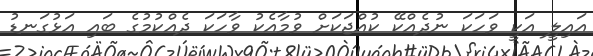
އައިލީ އަކީ ވަހަކަ ނުދެއްކޭ ކުއްޖަކަށް ވުމާއެކު ވާހަކަ ދެއްކުމުގެ ބައި އަޅުގަނޑު